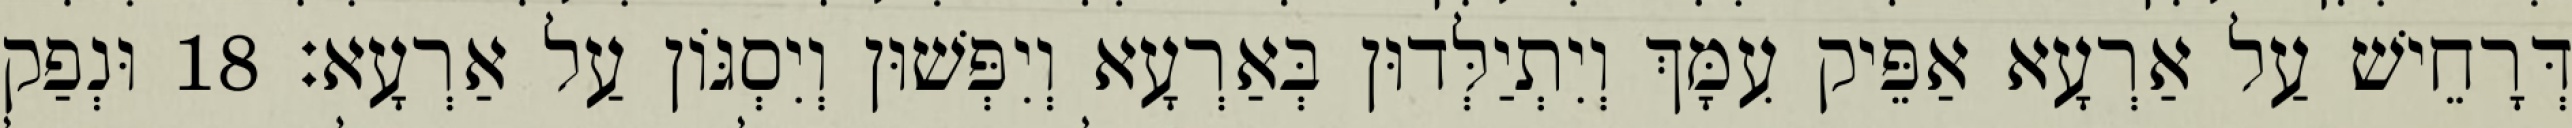
דְּרָחֵישׁ עַל אַרְעָא אַפֵּיק עִמָּךְ וְיִתְיַלְּדוּן בְּאַרְעָא וְיִפְּשׁוּן וְיִסְגּוֹן עַל אַרְעָא׃ 18 וּנְפַק